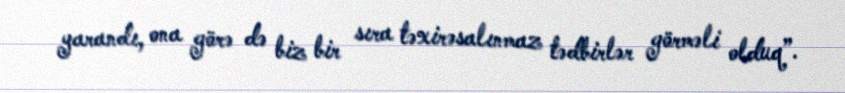
yarandı, ona görə də biz bir sıra təxirəsalınmaz tədbirlər görməli olduq”.